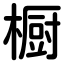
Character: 橱